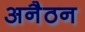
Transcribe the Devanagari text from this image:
अनैठन